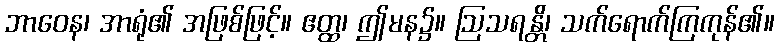
ဘာဝေန၊ အာရုံ၏ အဖြစ်ဖြင့်။ ဧတ္ထ၊ ဤမန၌။ ဩသရန္တိ၊ သက်ရောက်ကြကုန်၏။